Rangoon Lunatic Asylum 1893-1897 - 1893-1897
Year: 1893
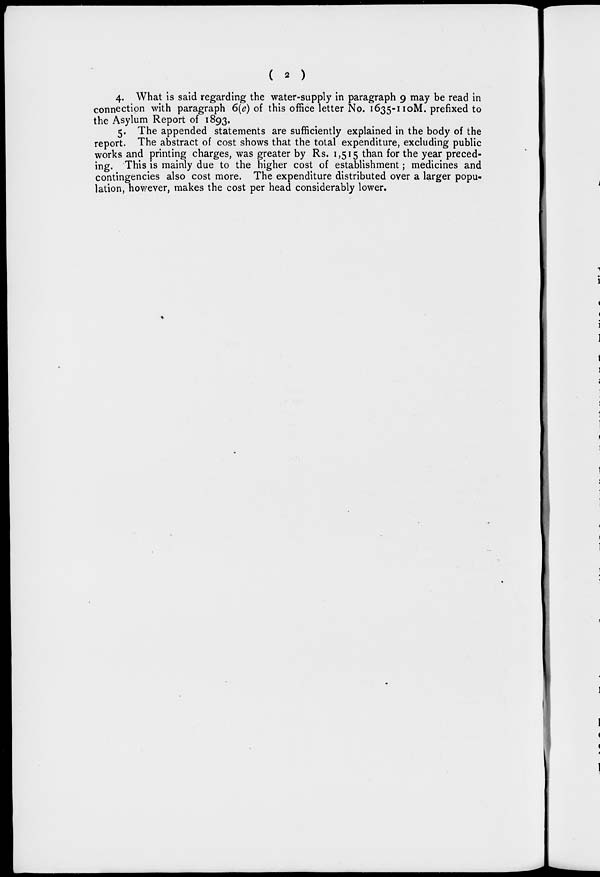
( 2 )
4. What is said regarding the water-supply in paragraph 9 may be read in
connection with paragraph 6(e) of this office letter No. 1635-110M. prefixed to
the Asylum Report of 1893.
5. The appended statements are sufficiently explained in the body of the
report. The abstract of cost shows that the total expenditure, excluding public
works and printing charges, was greater by Rs. 1,515 than for the year preced-
ing. This is mainly due to the higher cost of establishment; medicines and
contingencies also cost more. The expenditure distributed over a larger popu-
lation, however, makes the cost per head considerably lower.